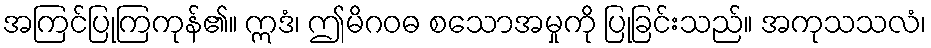
အကြင်ပြုကြကုန်၏။ ဣဒံ၊ ဤမိဂဝဓ စသောအမှုကို ပြုခြင်းသည်။ အကုသသလံ၊